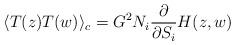
\begin{align*}\langle T(z) T(w)\rangle_c =G^2 N_i \frac{\partial}{\partial S_i}H(z,w)\end{align*}